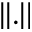
| | . | |